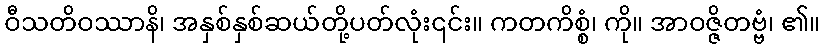
ဝီသတိဝဿာနိ၊ အနှစ်နှစ်ဆယ်တို့ပတ်လုံး၎င်း။ ကတကိစ္စံ၊ ကို။ အာဝဇ္ဇိတဗ္ဗံ၊ ၏။